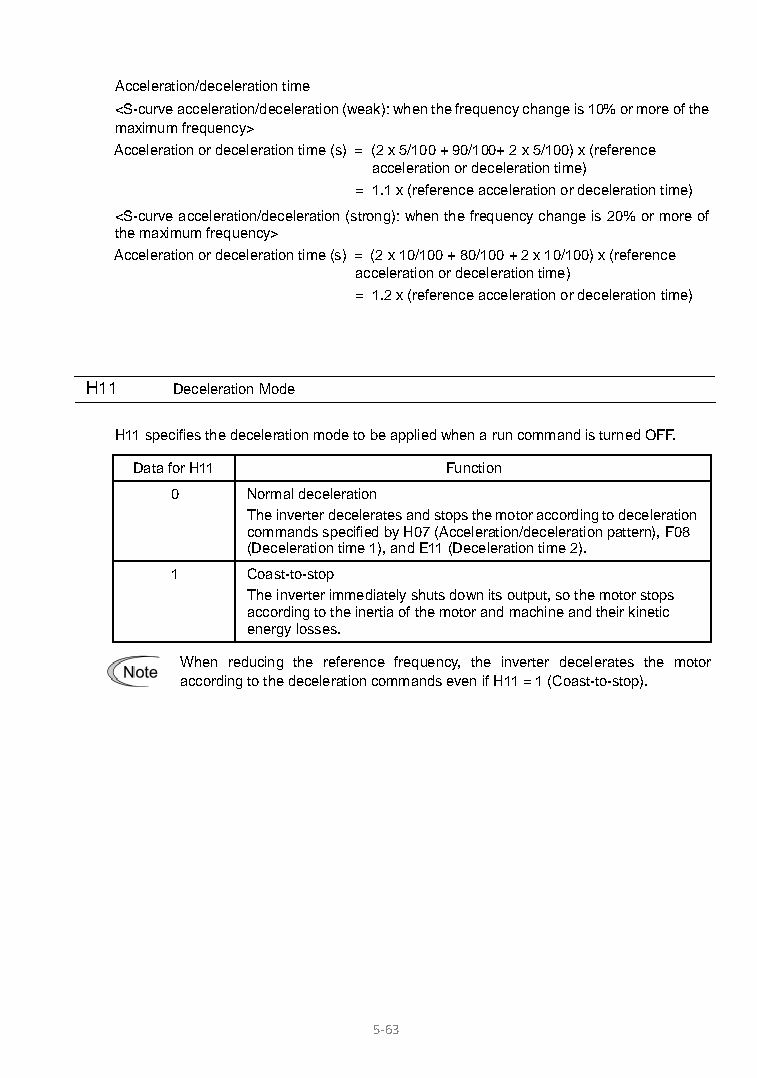
Acceleration/deceleration time
 <S-curve acceleration/deceleration (weak): when the frequency change is 10% or more of the
 maximum frequency>
 Acceleration or deceleration time (s) = (2 x 5/100 + 90/100+ 2 x 5/100) x (reference
 acceleration or deceleration time)
 = 1.1 x (reference acceleration or deceleration time)
 <S-curve acceleration/deceleration (strong): when the frequency change is 20% or more of
 the maximum frequency>
 Acceleration or deceleration time (s) = (2 x 10/100 + 80/100 + 2 x 10/100) x (reference
 acceleration or deceleration time)
 = 1.2 x (reference acceleration or deceleration time)
 H11  Deceleration Mode
 H11 specifies the deceleration mode to be applied when a run command is turned OFF.
 Data for H11        Function
 0    Normal deceleration
 The inverter decelerates and stops the motor according to deceleration
 commands specified by H07 (Acceleration/deceleration pattern), F08
 (Deceleration time 1), and E11 (Deceleration time 2).
 1    Coast-to-stop
 The inverter immediately shuts down its output, so the motor stops
 according to the inertia of the motor and machine and their kinetic
 energy losses.
 When reducing the reference frequency, the inverter decelerates the motor
 according to the deceleration commands even if H11 = 1 (Coast-to-stop).
 5-63